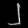
Digit: ၂